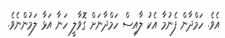
އެވެ. ހަމްދާން ފެނުމާ އެކު ލާއިސް ހަމްދާނަށް ގޮވާލީ ހަނާ އަޅާ ލަމުންނެވެ.